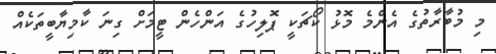
މި މުބާރާތުގެ އެންމެ މޮޅު ކޯޗަކީ ޕޮލިހުގެ އަންހެން ޓީމަށް ގިނަ ކާމިޔާބީތަކެއް